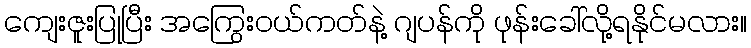
ကျေးဇူးပြုပြီး အကြွေးဝယ်ကတ်နဲ့ ဂျပန်ကို ဖုန်းခေါ်လို့ရနိုင်မလား။